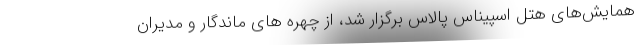
همایش‌های هتل اسپیناس پالاس برگزار شد، از چهره های ماندگار و مدیران